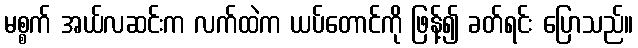
မစ္စက် အယ်လဆင်းက လက်ထဲက ယပ်တောင်ကို ဖြန့်၍ ခတ်ရင်း ပြောသည်။